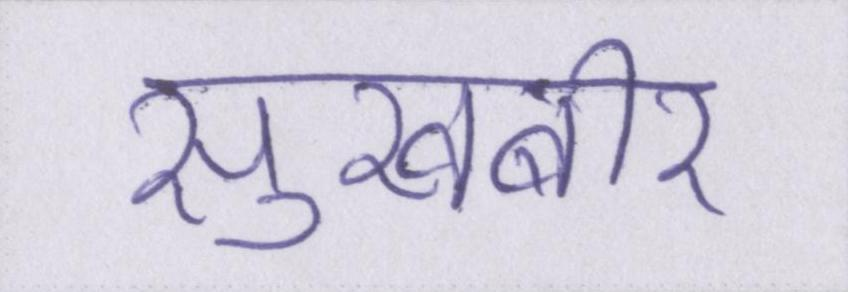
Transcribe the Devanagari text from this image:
सुखबीर